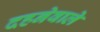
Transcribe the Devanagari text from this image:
दहनेवाले